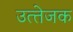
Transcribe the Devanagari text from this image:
उत्‍तेजक